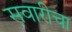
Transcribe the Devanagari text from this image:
सवारीचा